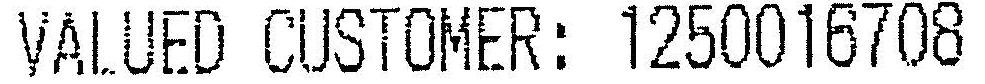
VALUED CUSTOMER: 1250016708